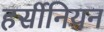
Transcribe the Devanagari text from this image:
हर्सीनियन